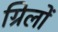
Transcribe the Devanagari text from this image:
ग्रिलों